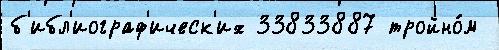
б'ибл'иограф'ическ'их 33833887 тройно́м